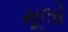
મૂલો